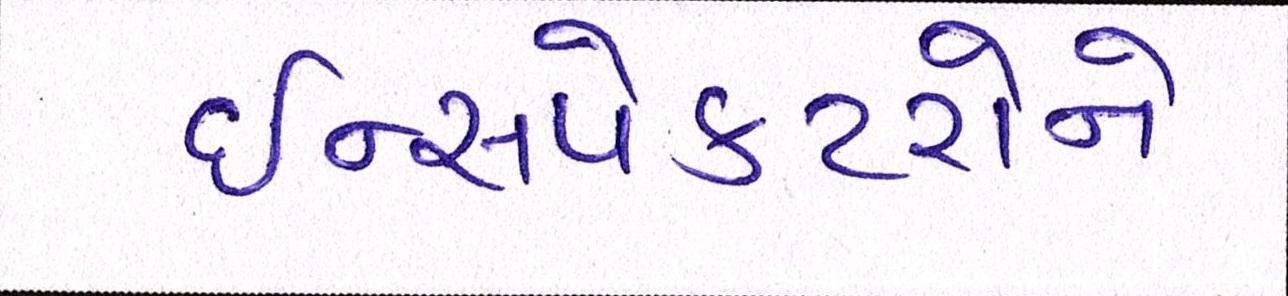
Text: ઈન્સપેકટરોને